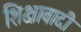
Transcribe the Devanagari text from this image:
शिक्षावादी